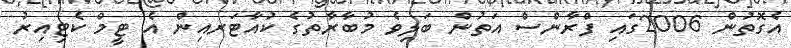
އެގޮތުން 2006ގައި ފްރާންސް އަތުން ބަލިވެ މުބާރާތުގެ ކުއާޓަރއިން އެ ޓީމް ކެޓިއިރު